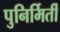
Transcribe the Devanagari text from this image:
पुनिर्मिर्ती